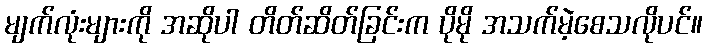
မျက်လုံးများကို အဆိုပါ တိတ်ဆိတ်ခြင်းက ပိုမို အသက်မဲ့စေသလိုပင်။